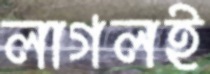
লাগলই